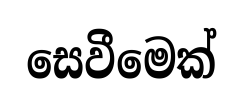
සෙවීමෙක්